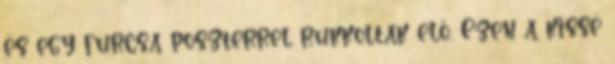
és egy furcsa poszterrel rukkoltak elő. Ezen a kissé